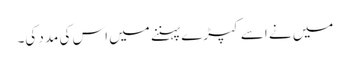
میں نے اسے کپڑے پہننے میں اس کی مدد کی۔